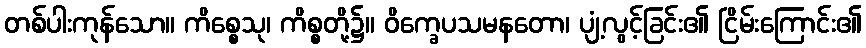
တစ်ပါးကုန်သော။ ကိစ္စေသု၊ ကိစ္စတို့၌။ ဝိက္ခေပသမနတော၊ ပျံ့လွင့်ခြင်း၏ ငြိမ်းကြောင်း၏